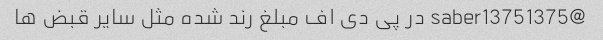
@saber13751375 در پی دی اف مبلغ رند شده مثل سایر قبض ها